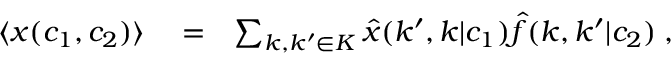
\begin{array} { r l r } { \langle x ( c _ { 1 } , c _ { 2 } ) \rangle } & { { } = } & { \sum _ { k , k ^ { \prime } \in K } { \widehat x } ( k ^ { \prime } , k | c _ { 1 } ) { \widehat f } ( k , k ^ { \prime } | c _ { 2 } ) \; , } \end{array}